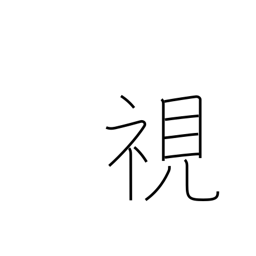
Meaning: see